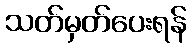
သတ်မှတ်ပေးရန်